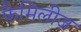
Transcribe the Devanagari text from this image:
फैमिलीज़